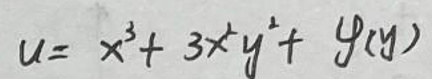
\[
u = x^{3}+3x^{2}y^{2}+g(y)
\]